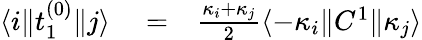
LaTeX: \begin{array}{rlr}{\langle i\| t_{1}^{(0)}\| j\rangle}&{{}=}&{\frac{\kappa_{i}+\kappa_{j}}{2}\langle-\kappa_{i}\| C^{1}\| \kappa_{j}\rangle}\end{array}